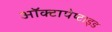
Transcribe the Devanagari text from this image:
ऑक्टापेप्टाइड